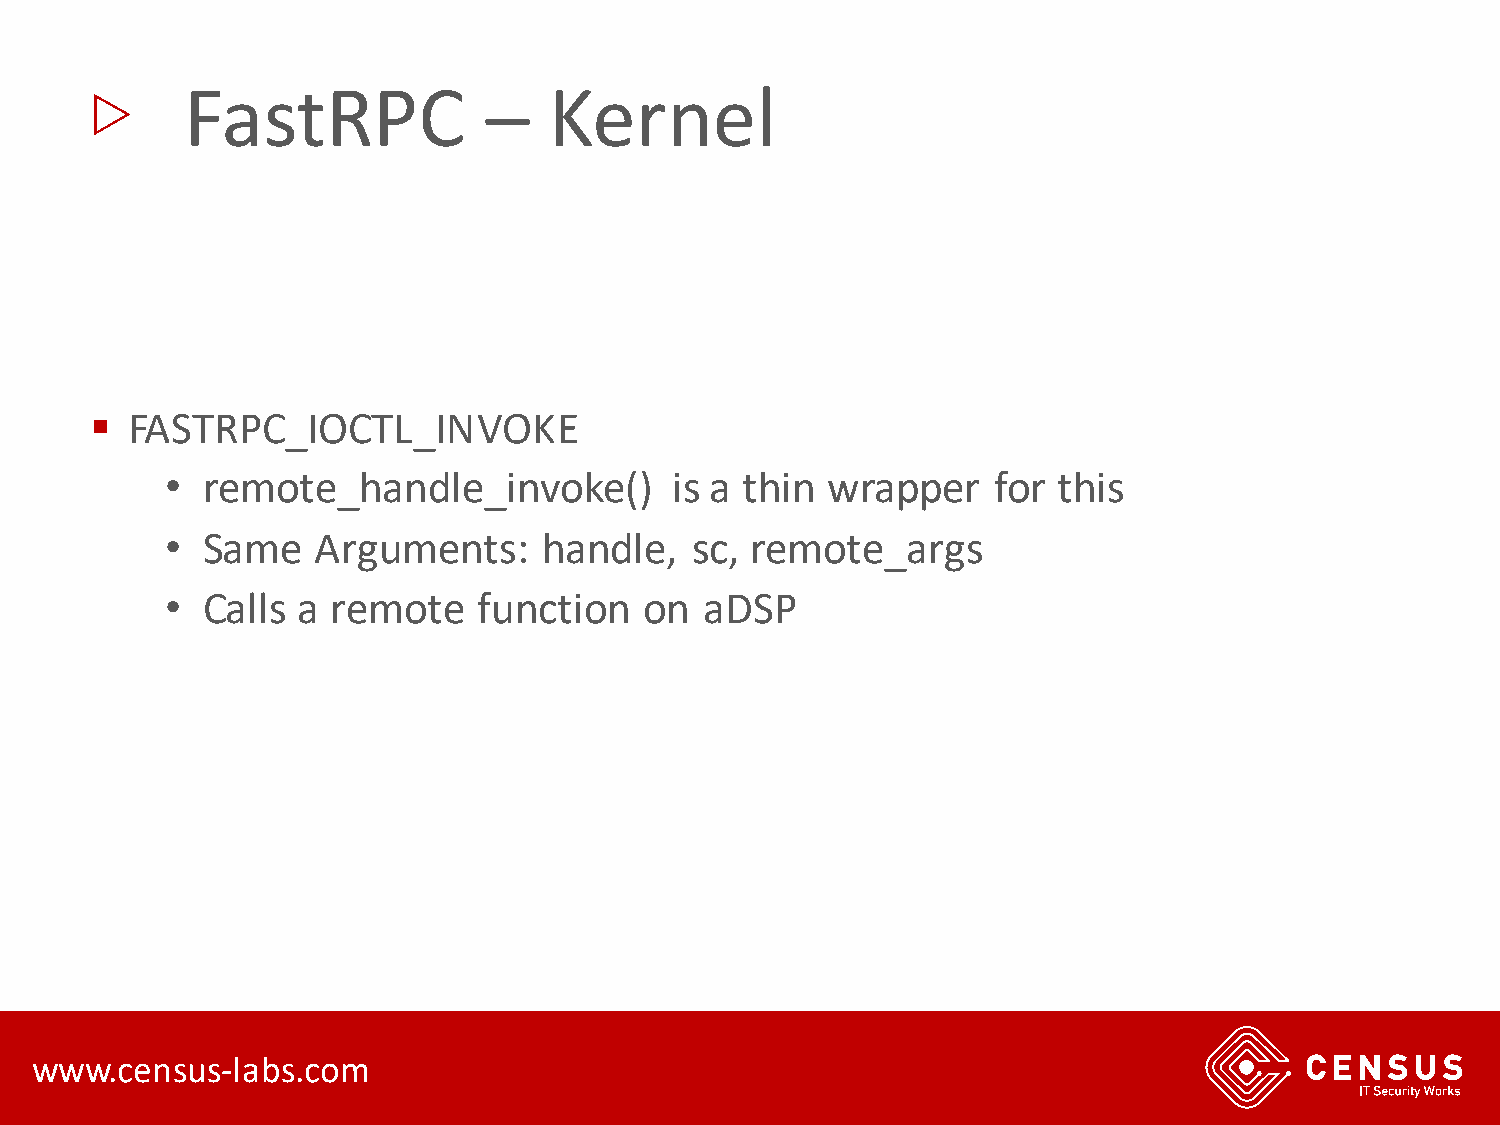
▷
 FastRPC             –   Kernel
 ▪ FASTRPC_IOCTL_INVOKE
 • remote_handle_invoke()         is a thin  wrapper    for this
 • Same    Arguments:     handle,   sc, remote_args
 • Calls  a remote    function   on  aDSP
 www.census-labs.com